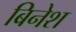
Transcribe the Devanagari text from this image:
बिनेश